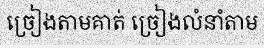
ច្រៀងតាមគាត់ ច្រៀងលំនាំតាម